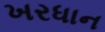
ખરધાન